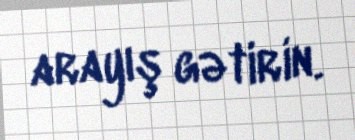
arayış gətirin.